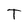
Character: T